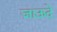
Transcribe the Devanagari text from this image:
जाऊदे